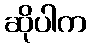
ဆိုပါက